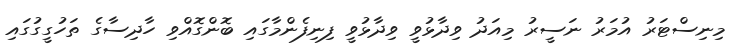
މިނިސްޓަރު އުމަރު ނަސީރު މިއަދު ވިދާޅުވީ ވިދާޅުވީ ފިނިފެންމާގައި ބޮންގޮއްވި ހާދިސާގެ ތަހުގީގުގައި